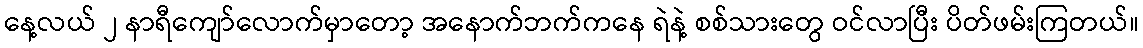
နေ့လယ် ၂ နာရီကျော်လောက်မှာတော့ အနောက်ဘက်ကနေ ရဲနဲ့ စစ်သားတွေ ဝင်လာပြီး ပိတ်ဖမ်းကြတယ်။